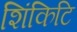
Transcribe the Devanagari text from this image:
शिंकिटि